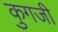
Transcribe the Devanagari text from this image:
कुगजी